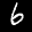
Label: 6